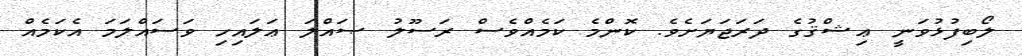
ލޯބިފުޅުވަނީ ޢިޝްޤުގެ ދަރަޖަޔަށެވެ. ކޮންމެ ކަމެއްވެސް ރަސޫލު ޞައްލަ ޢަލައިހި ވަސައްލަމަ އެކަމެއް